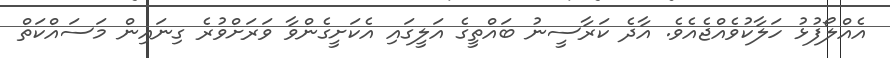
އެއްލޯފުޅު ހަލާކުވެއްޖެއެވެ. އާދެ ކަރާސީނު ބައްތީގެ އަލީގައި އެކަށީގެންވާ ވަރަށްވުރެ ގިނައިން މަސައްކަތް